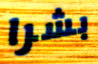
بشرا